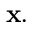
\mathbf { x } .